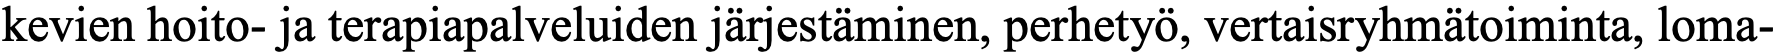
kevien hoito- ja terapiapalveluiden järjestäminen, perhetyö, vertaisryhmätoiminta, loma-